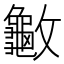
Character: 𰕙